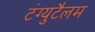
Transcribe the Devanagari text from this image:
टंग्युटैलम